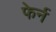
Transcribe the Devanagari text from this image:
फेर्न